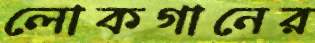
লোকগানের